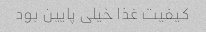
کیفیت غذا خیلی پایین بود